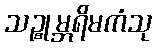
သဉ္စုမ္ဘရိမကံသု